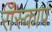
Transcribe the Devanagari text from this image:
रॉस्काप